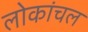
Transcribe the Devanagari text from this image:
लोकांचल